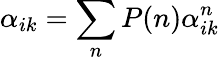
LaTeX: \alpha_{ik}=\sum_{n}P(n)\alpha_{ik}^{n}